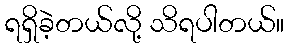
ရရှိခဲ့တယ်လို့ သိရပါတယ်။